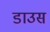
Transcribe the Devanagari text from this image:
डाउस